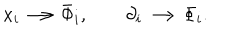
\begin{array} { l } { { x _ { i } \longrightarrow \bar { \Phi } _ { i } , \qquad \partial _ { i } \longrightarrow \Phi _ { i } . } } \\ \end{array}